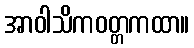
အာဝါသိကဝတ္တကထာ။